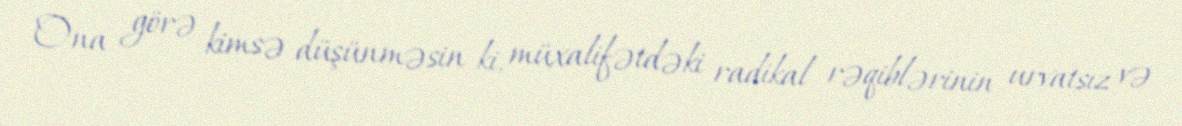
Ona görə kimsə düşünməsin ki, müxalifətdəki radikal rəqiblərinin urvatsız və